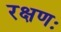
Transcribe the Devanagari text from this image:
रक्षणः